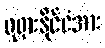
ရုရှားနိုင်ငံအား